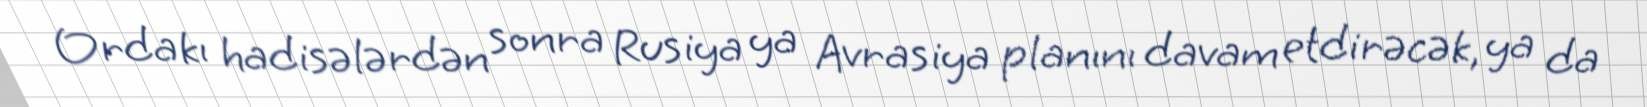
Ordakı hadisələrdən sonra Rusiya ya Avrasiya planını davam etdirəcək, ya da